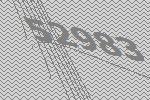
52983